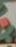
ને